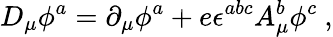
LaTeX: D_{\mu}\phi^{a}=\partial_{\mu}\phi^{a}+e\epsilon^{abc}A_{\mu}^{b}\phi^{c}\ ,